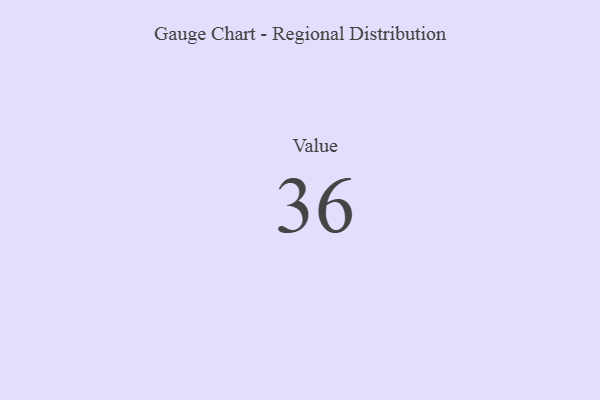
{"axis": {"x": "Metric", "y": "Value"}, "legend": [""], "data": [{"x": "Value", "y": 36, "type": ""}]}